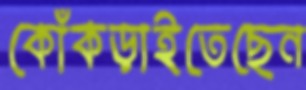
কোঁকড়াইতেছেন